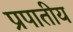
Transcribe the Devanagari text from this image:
प्रपातीय